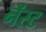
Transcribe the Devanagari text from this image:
नॅस्ट